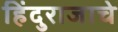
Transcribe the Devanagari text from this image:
हिंदुराजाचे